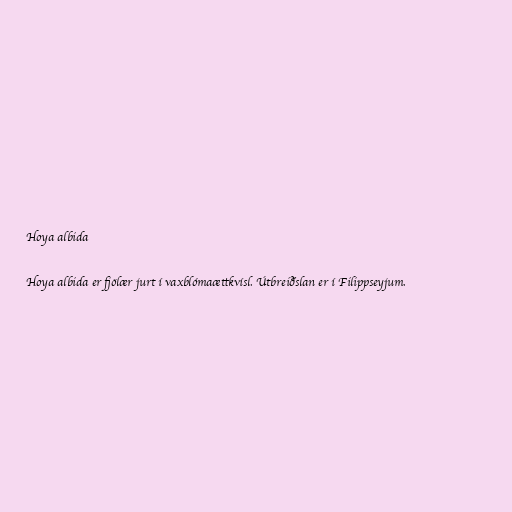
Hoya albida

Hoya albida er fjölær jurt í vaxblómaættkvísl. Útbreiðslan er í Filippseyjum.